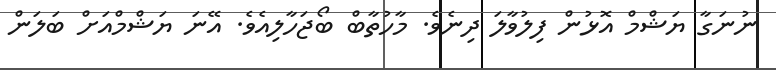
ނުނަގާ ޔަޝްމް އޮޅުން ފިލުވާލަ ދިނެވެ. މާހުތާބް ބޯޖަހާލިއެވެ. އޭނަ ޔަޝްމްއަށް ބަލަން